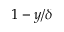
1 - y / \delta